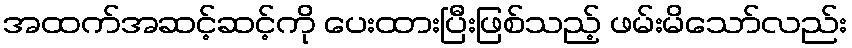
အထက်အဆင့်ဆင့်ကို ပေးထားပြီးဖြစ်သည့် ဖမ်းမိသော်လည်း